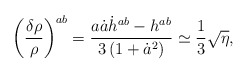
\begin{align*}\left(\frac{\delta\rho}{\rho}\right)^{ab}=\frac{a\dot{a}\dot{h}^{ab}-h^{ab}}{3\left(1+\dot{a}^2\right)}\simeq\frac{1}{3}\sqrt{\eta} ,\end{align*}